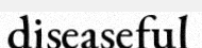
diseaseful